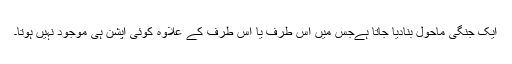
ایک جنگی ماحول بنادیا جاتا ہےجس میں اِس طرف یا اُس طرف کے علاوہ کوئی آپشن ہی موجود نہیں ہوتا۔